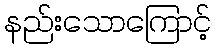
နည်းသောကြောင့်